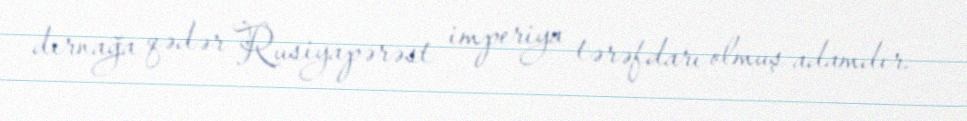
dırnağa qədər Rusiyapərəst imperiya tərəfdarı olmuş adamdır.